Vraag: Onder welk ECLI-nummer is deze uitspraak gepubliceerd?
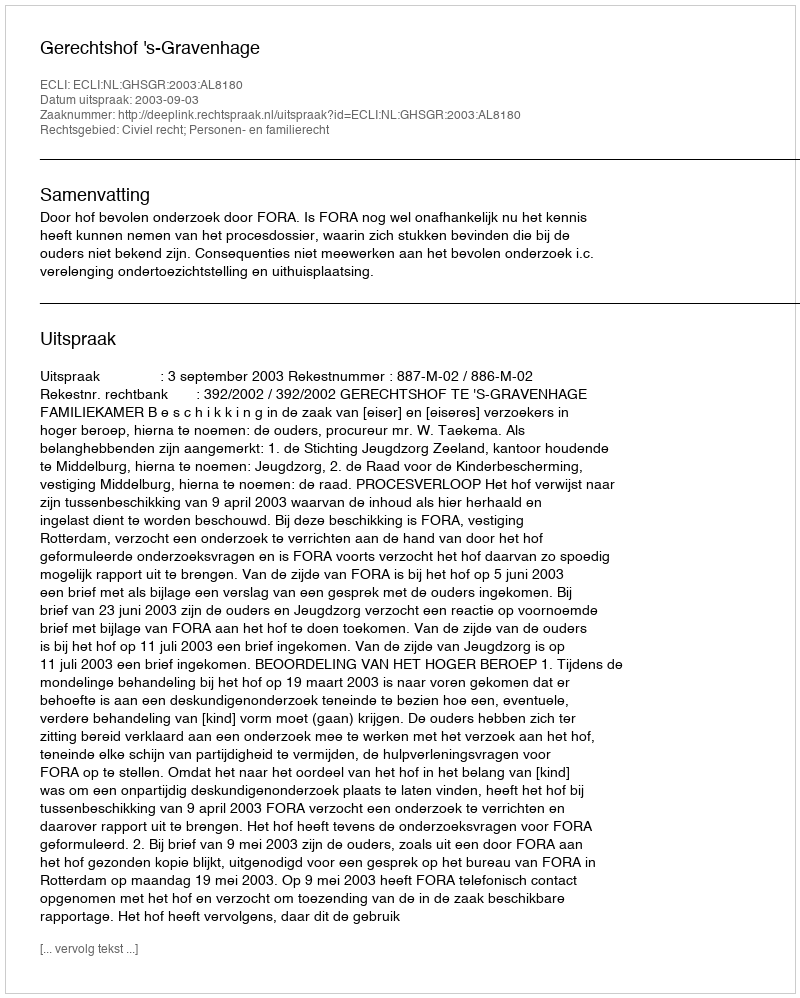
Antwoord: ECLI:NL:GHSGR:2003:AL8180